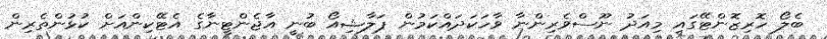
ބެލޯ ހޮރިޒޮންޓޭގައި މިއަދު ނޫސްވެރިންނާ ވާހަކަދައްކަމުން ޕަލާޝިއޯ ބުނީ އާޖެންޓީނާގެ އެޓޭކިންއަށް ކުޅުންތެރިން